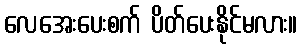
လေအေးပေးစက် ပိတ်ပေးနိုင်မလား။